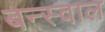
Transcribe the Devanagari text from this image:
बन्स्वाल